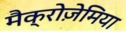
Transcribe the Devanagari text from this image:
मैक्रोज़ेमिया